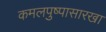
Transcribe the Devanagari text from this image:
कमलपुष्पासारखा